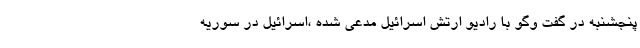
پنجشنبه در گفت وگو با رادیو ارتش اسرائیل مدعی شده ،اسرائیل در سوریه